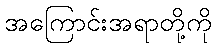
အကြောင်းအရာတို့ကို